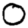
Digit: 0